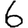
Digit: 6